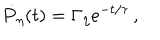
\dot { P } _ { \eta } ( t ) = \Gamma _ { \eta } e ^ { - t / \tau } \, ,